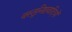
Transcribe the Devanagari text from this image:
वस्तुनिष्ठवादियों